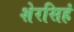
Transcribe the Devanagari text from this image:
शेरसिहं